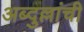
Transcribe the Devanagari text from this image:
अब्दुल्लांची